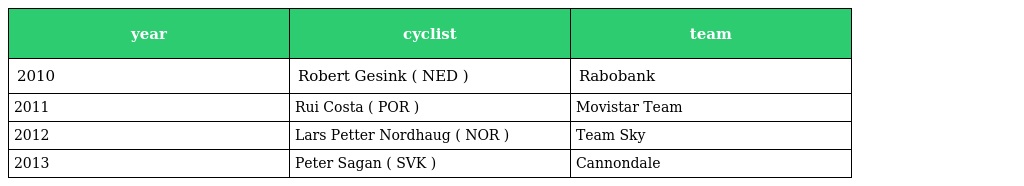
| year | cyclist | team |
 | --- | --- | --- |
 | 2010 | Robert Gesink ( NED ) | Rabobank |
 | 2011 | Rui Costa ( POR ) | Movistar Team |
 | 2012 | Lars Petter Nordhaug ( NOR ) | Team Sky |
 | 2013 | Peter Sagan ( SVK ) | Cannondale |